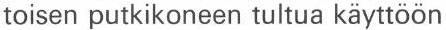
toisen putkikoneen tultua käyttöön